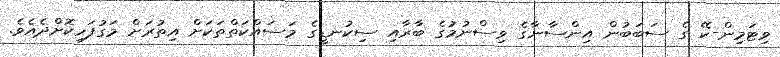
ވިޓަމިން-ކޭ ގެ ސަބަބުން އިންސާނާގެ ވިސްނުމުގެ ބާރާއި ސިކުނޑީގެ މަސައްކަތްތަކަށް އިތުރަށް މަގުފަހިކޮށްދެއެވެ.